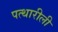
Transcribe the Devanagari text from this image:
पत्थारीली